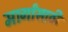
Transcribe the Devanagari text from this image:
मार्गांसाठी